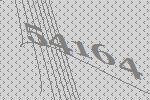
54164